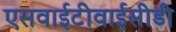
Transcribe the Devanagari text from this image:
एसवाईटीवाईसीडी